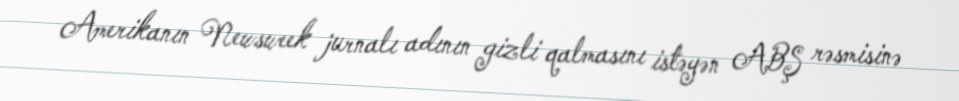
Amerikanın Newsweek jurnalı adının gizli qalmasını istəyən ABŞ rəsmisinə